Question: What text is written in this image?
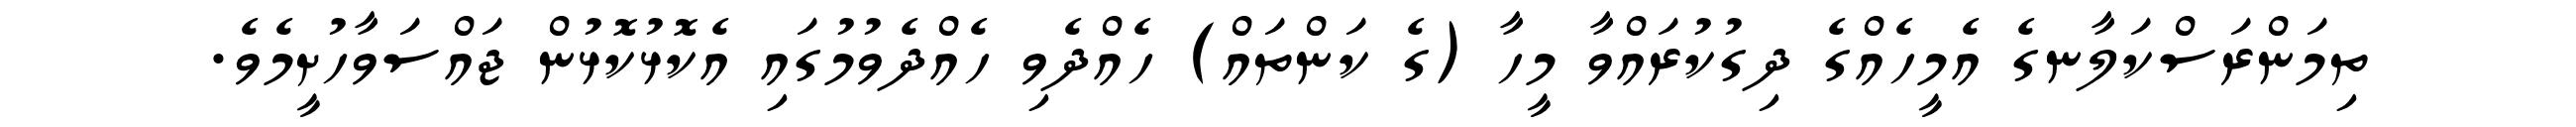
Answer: ތިމަންރަސްކަލާނގެ އެމީހެއްގެ ދިގުކުރައްވާ މީހާ (ގެ ކަންތައް) ހެއްދެވި ހެއްދެވުމުގައި އެކޮޅުކޮޅުން ޖައްސަވާހުށީމެވެ.